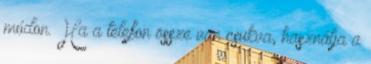
módon. Ha a telefon össze van csukva, használja a